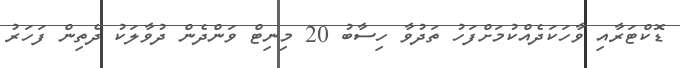
ޑޮކްޓަރާއި ވާހަކަދެއްކުމަށްފަހު ތަދުވާ ހިސާބު 20 މިނިޓް ވަންދެން ދުވާލަކު ދެތިން ފަހަރު